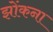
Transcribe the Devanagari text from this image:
झोंकना